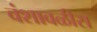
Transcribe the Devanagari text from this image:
वंशावळीस